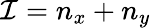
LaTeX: \mathcal{I}=n_{x}+n_{y}